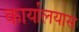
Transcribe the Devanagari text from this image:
कार्यालयास